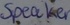
Text: Speaker